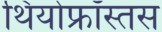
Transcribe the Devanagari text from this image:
थियोफ्रॉस्तस